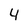
Character: 4